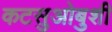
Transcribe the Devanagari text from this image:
कटसुओबुशी